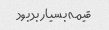
قیمه بسیار بد بود